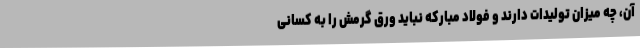
آن، چه میزان تولیدات دارند و فولاد مبارکه نباید ورق گرمش را به کسانی